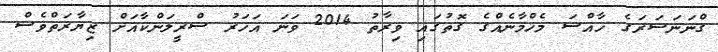
ގްނަނަސަރަގެ ޚާއްސަ މެހްމާނެއްގެ ގޮތުގައި ވިރާތު 2014 ވަނަ އަހަރު ސްރީލަންކާއަށް ޒިޔާރަތްވެސް